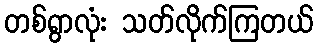
တစ်ရွာလုံး သတ်လိုက်ကြတယ်